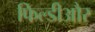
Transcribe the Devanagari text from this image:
फिल्डीऔर